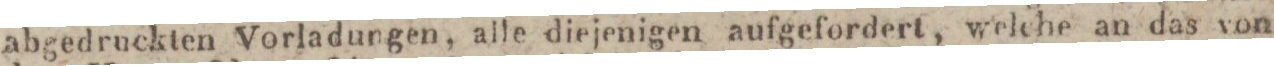
abgedruckten Vorladungen, alle diejenigen aufgefordert, welche an das von